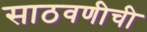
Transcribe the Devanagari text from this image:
साठवणीची